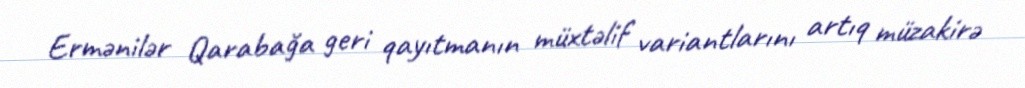
Ermənilər Qarabağa geri qayıtmanın müxtəlif variantlarını artıq müzakirə